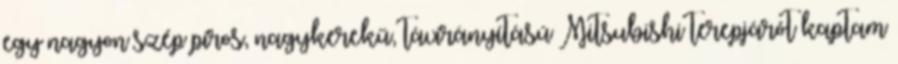
egy nagyon szép piros, nagykerekű, távirányítású Mitsubishi terepjárót kaptam